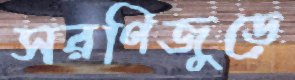
সরণিজুড়ে